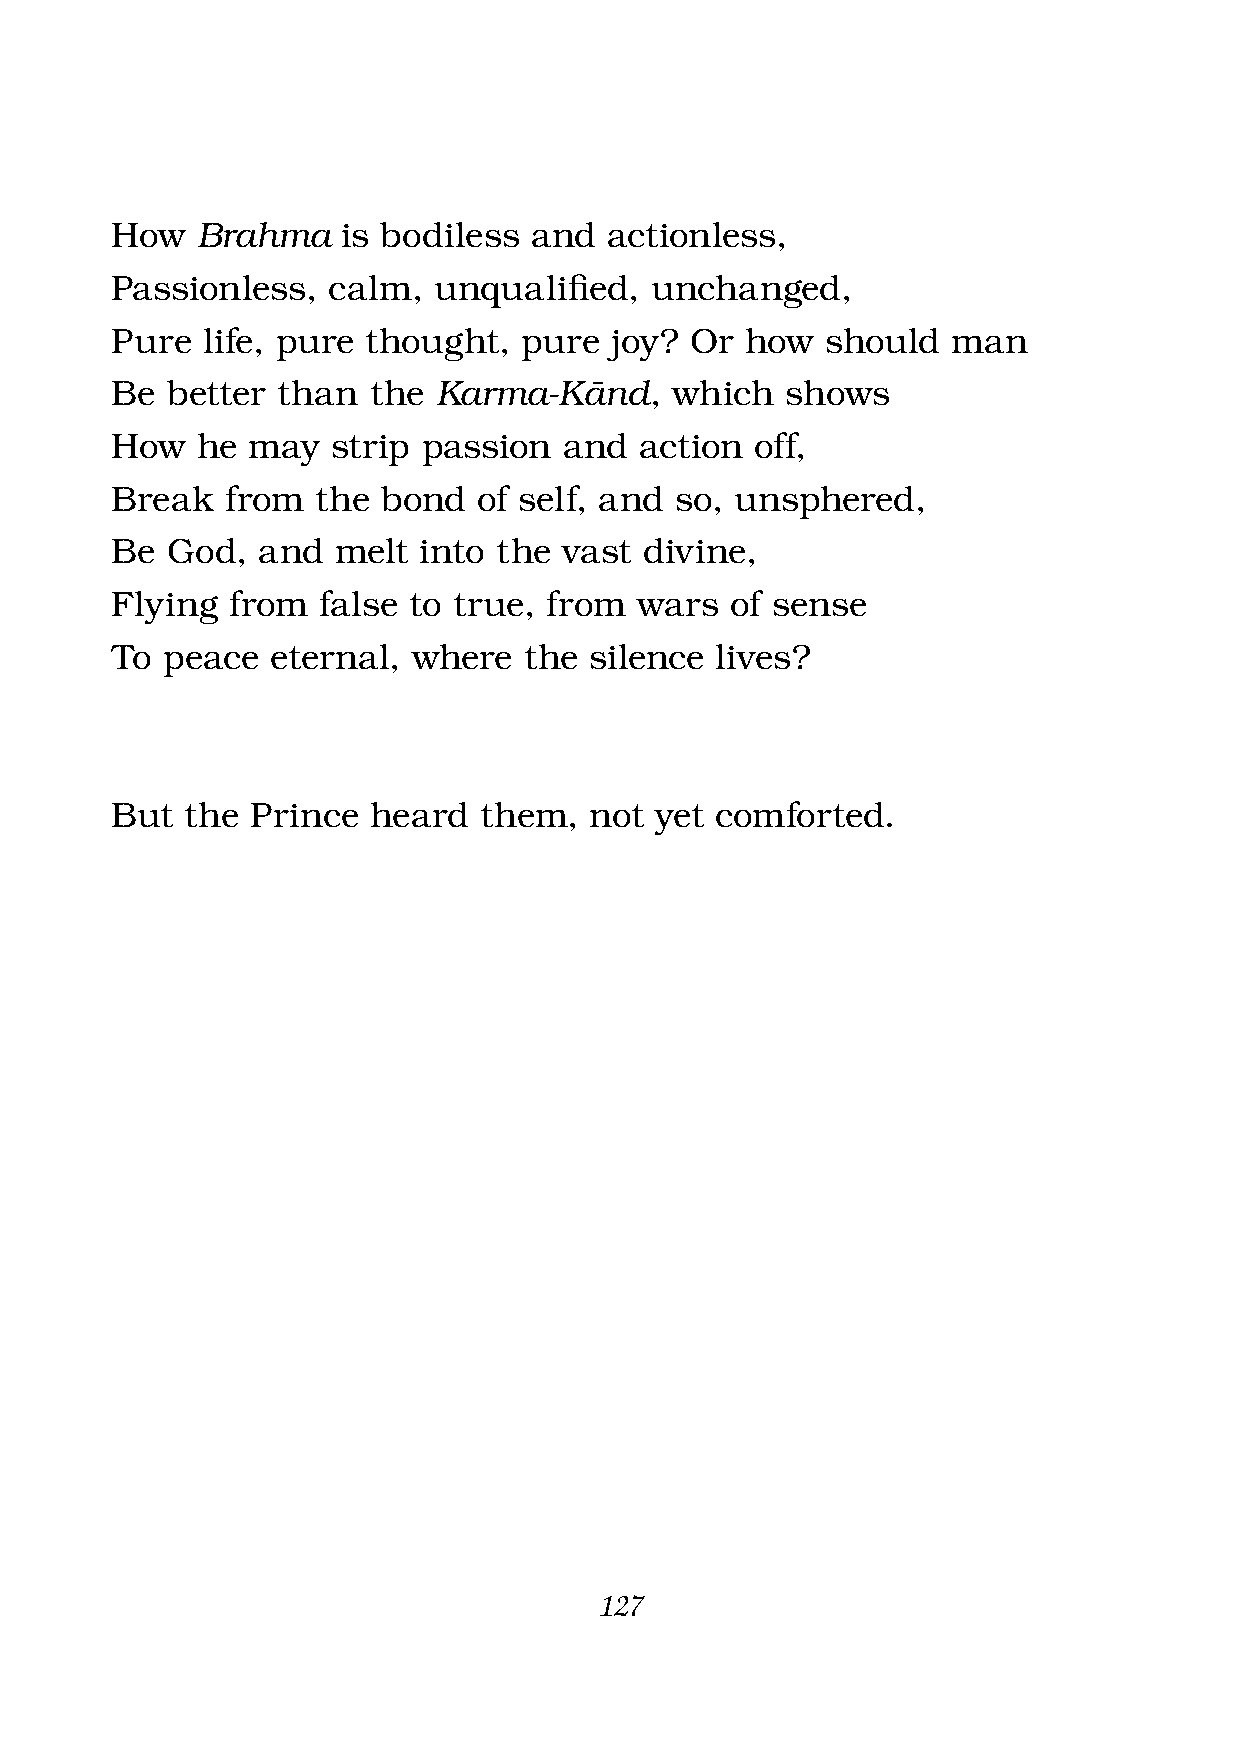
How   Brahma    is bodiless and  actionless,
 Passionless,   calm,  unqualifi ed, unchanged,
 Pure  life, pure thought,   pure joy?  Or how   should  man
 Be  better than  the  Karma-Kànd,     which  shows
 How   he may   strip passion  and  action  off,
 Break   from  the bond   of self, and so, unsphered,
 Be  God,  and  melt  into the vast  divine,
 Flying  from  false to true, from  wars  of sense
 To  peace  eternal, where   the silence lives?
 But  the  Prince heard   them,  not yet comforted.
 127